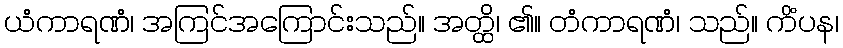
ယံကာရဏံ၊ အကြင်အကြောင်းသည်။ အတ္ထိ၊ ၏။ တံကာရဏံ၊ သည်။ ကိံပန၊